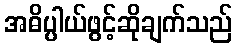
အဓိပ္ပါယ်ဖွင့်ဆိုချက်သည်